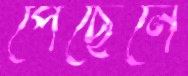
পেছেনে